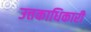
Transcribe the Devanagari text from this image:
उत्तकाधिकारी